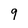
Character: 9